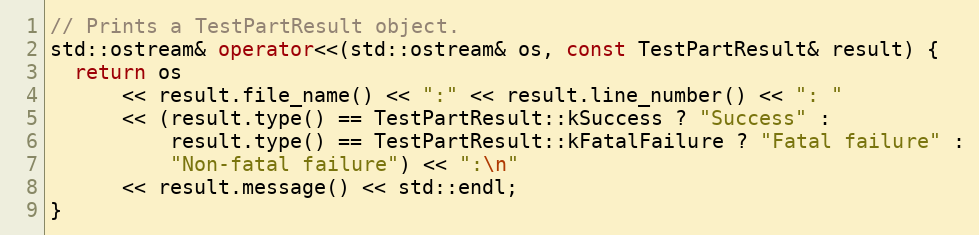
Language: C++
// Prints a TestPartResult object.
std::ostream& operator<<(std::ostream& os, const TestPartResult& result) {
  return os
      << result.file_name() << ":" << result.line_number() << ": "
      << (result.type() == TestPartResult::kSuccess ? "Success" :
          result.type() == TestPartResult::kFatalFailure ? "Fatal failure" :
          "Non-fatal failure") << ":\n"
      << result.message() << std::endl;
}